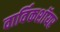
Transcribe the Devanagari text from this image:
वार्विकशॉयर